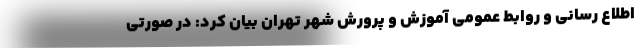
اطلاع رسانی و روابط عمومی آموزش و پرورش شهر تهران بیان کرد: در صورتی